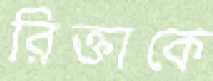
রিক্তাকে